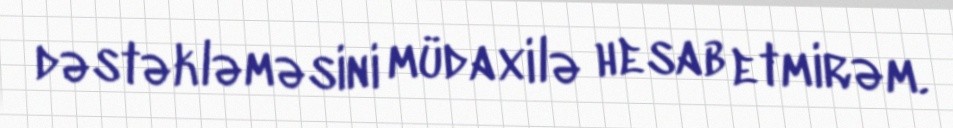
dəstəkləməsini müdaxilə hesab etmirəm.